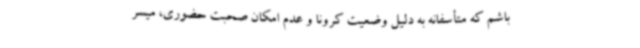
باشم که متأسفانه به دلیل وضعیت کرونا و عدم امکان صحبت حضوری، میسر